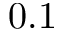
0 . 1